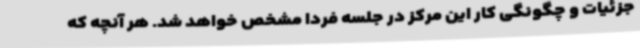
جزئیات و چگونگی کار این مرکز در جلسه فردا مشخص خواهد شد. هر آنچه که